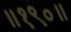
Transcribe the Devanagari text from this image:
॥१९०॥